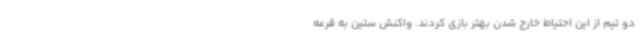
دو تیم از این احتیاط خارج شدن بهتر بازی کردند. واکنش ستین به قرعه